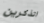
اتذكرين